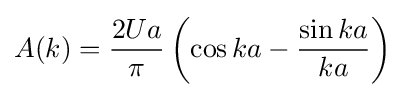
A(k)={\frac {2Ua}{\pi }}\left(\cos ka-{\frac {\sin ka}{ka}}\right)